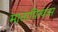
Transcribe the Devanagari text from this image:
मातापित्यास